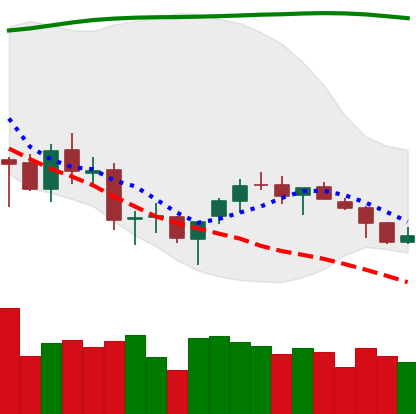
Ticker: BTC-USD
Chart end date: 2018-03-28
Forward return: -10.946%
Label: down_7plus